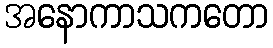
အနောကာသကတော